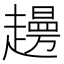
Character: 𧾈